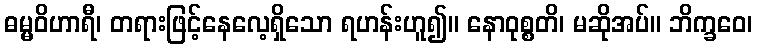
ဓမ္မဝိဟာရီ၊ တရားဖြင့်နေလေ့ရှိသော ရဟန်းဟူ၍။ နောဝုစ္စတိ၊ မဆိုအပ်။ ဘိက္ခဝေ၊